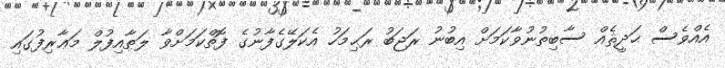
އެއްވެސް ޙަދީޘެއް ސާބިތުނުވާކަމަށް އިބުނު ރަޖަބު ރަޙިމަހު އެކަލޭގެފާނުގެ ފޮތްކަމަށްވާ ލަޠާއިފުލް މަޢާރިފުގައި